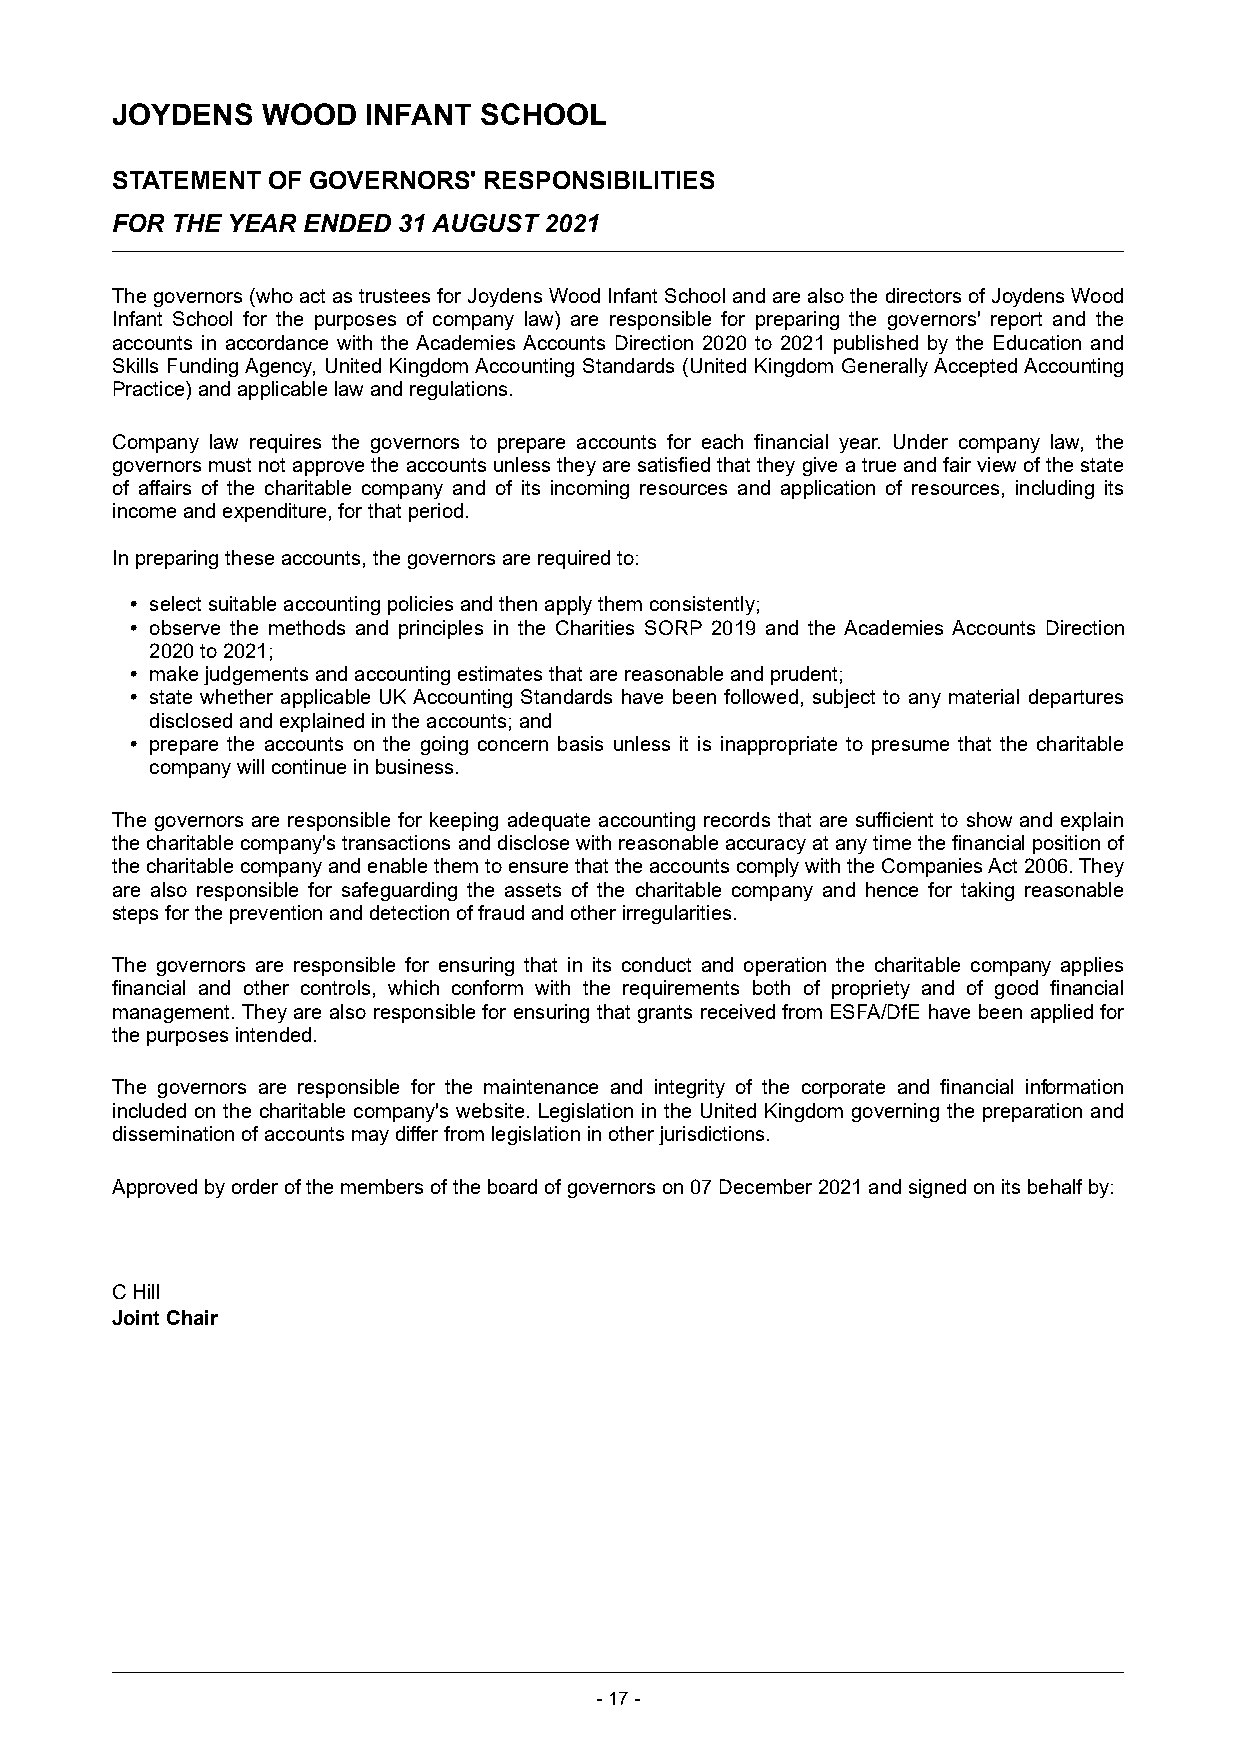
JOYDENS   WOOD   INFANT  SCHOOL
 STATEMENT  OF GOVERNORS' RESPONSIBILITIES
 FOR THE YEAR ENDED 31 AUGUST 2021
 The governors (who act as trustees for Joydens Wood Infant School and are also the directors of Joydens Wood
 Infant School for the purposes of company law) are responsible for preparing the governors' report and the
 accounts in accordance with the Academies Accounts Direction 2020 to 2021 published by the Education and
 Skills Funding Agency, United Kingdom Accounting Standards (United Kingdom Generally Accepted Accounting
 Practice) and applicable law and regulations.
 Company law requires the governors to prepare accounts for each financial year. Under company law, the
 governors must not approve the accounts unless they are satisfied that they give a true and fair view of the state
 of affairs of the charitable company and of its incoming resources and application of resources, including its
 income and expenditure, for that period.
 In preparing these accounts, the governors are required to:
  select suitable accounting policies and then apply them consistently;
  observe the methods and principles in the Charities SORP 2019 and the Academies Accounts Direction
 2020 to 2021;
  make judgements and accounting estimates that are reasonable and prudent;
  state whether applicable UK Accounting Standards have been followed, subject to any material departures
 disclosed and explained in the accounts; and
  prepare the accounts on the going concern basis unless it is inappropriate to presume that the charitable
 company will continue in business.
 The governors are responsible for keeping adequate accounting records that are sufficient to show and explain
 the charitable company's transactions and disclose with reasonable accuracy at any time the financial position of
 the charitable company and enable them to ensure that the accounts comply with the Companies Act 2006. They
 are also responsible for safeguarding the assets of the charitable company and hence for taking reasonable
 steps for the prevention and detection of fraud and other irregularities.
 The governors are responsible for ensuring that in its conduct and operation the charitable company applies
 financial and other controls, which conform with the requirements both of propriety and of good financial
 management. They are also responsible for ensuring that grants received from ESFA/DfE have been applied for
 the purposes intended.
 The governors are responsible for the maintenance and integrity of the corporate and financial information
 included on the charitable company's website. Legislation in the United Kingdom governing the preparation and
 dissemination of accounts may differ from legislation in other jurisdictions.
 Approved by order of the members of the board of governors on 07 December 2021 and signed on its behalf by:
 C Hill
 Joint Chair
 -17 -